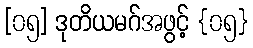
[၀၅] ဒုတိယမဂ်အဖွင့် {၀၅}